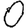
Digit: 0